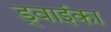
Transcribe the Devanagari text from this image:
ड्वाईका